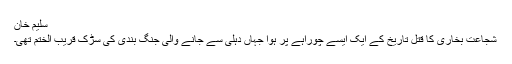
سلیم خان
شجاعت بخاری کا قتل تاریخ کے ایک ایسے چوراہے پر ہوا جہاں دہلی سے جانے والی جنگ بندی کی سڑک قریب الختم تھی۔